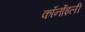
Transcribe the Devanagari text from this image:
कॉर्नोइली